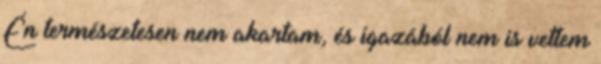
Én természetesen nem akartam, és igazából nem is vettem